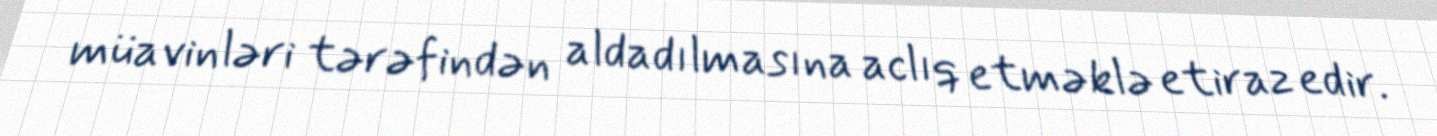
müavinləri tərəfindən aldadılmasına aclıq etməklə etiraz edir.